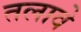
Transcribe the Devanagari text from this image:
तलावे